Vaccination North-Western Provinces 1866-1877 - 1866-1877
Year: 1866
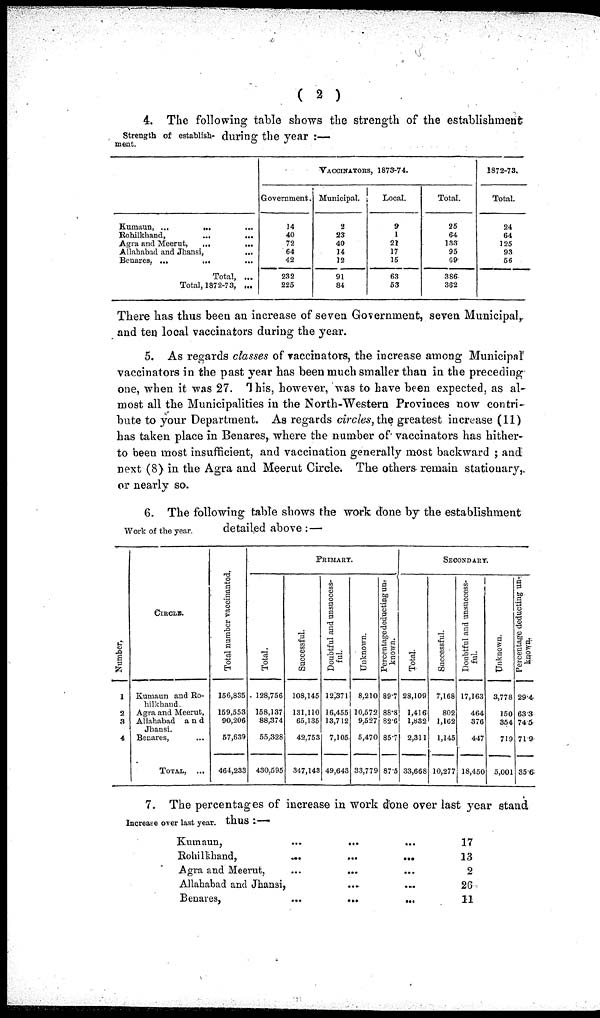
( 2 )
Strength of establishment.
4. The following table shows the strength of the establishment
during the year :—
Kumaun, ...
...
...
Bohilkhand,
...
...
Agra and Meerut,
...
...
Allahabad and Jhansi,
...
Benares. ...
...
...
Total, ...
Total, 1872-73, ...
VACCINATORS, 1873-74.
Government.
14
40
72
64
42
232
225
Municipal.
2
23
40
14
12
91
84
Local.
9
1
21
17
15
63
53
Total.
25
64
133
95
G9
386
362
1872-73.
Total.
24
64
125
93
56
There has thus been an increase of seven Government, seven Municipal,
and ten local vaccinators during the year.
5. As regards classes of vaccinators, the increase among Municipal
vaccinators in the past year has been much smaller than in the preceding
one, when it was 27. This, however, was to have been expected, as al-
most all the Municipalities in the North-Western Provinces now contri-
bute to your Department. As regards circles, the greatest increase (11)
has taken place in Benares, where the number of vaccinators has hither-
to been most insufficient, and vaccination generally most backward ; and
next (8) in the Agra and Meerut Circle. The others remain stationary,
or nearly so.
Work of the year.
6. The following table shows the work done by the establishment
detailed above:—
Number.
1
2
3
4
CIRCLE.
Kumaun and Rohilkhand
Agra and Meerut,
Allahabad and
Jhansi.
Benares,
Total,
...
Total number vaccinanted.
156,835
159,553
90,206
57,639
464,233
PRIMARY.
Total.
128,756
158,137
88,374
55,328
430,595
Successful.
108,145
131,110
65,135
42,753
347,143
Doubtful and unsuccessful.
12,371
16,455
13,712
7,105
49,643
Unknown.
8,210
10,572
9,527
5,470
33,779
Percentage deducting unknown.
89.7
88.8
82.6
85.7
87.5
SECONDARY.
Total.
23,109
1,416
1,832
2,311
33,668
Successful.
7,168
802
1,162
1,145
10,277
Doubtful and unsuccess-
ful.
17,163
464
376
447
18,450
Unknown.
3,778
150
354
719
5,001
Percentage deducting un-
known.
29.4
63.3
74.5
71.9
35.6
Increase over last year.
7. The percentages of increase in work done over last year stand
Kumaun,
Rohilkhand,
Agra and Meerut,
Allahabad and Jhansi,
Benares,
...
...
...
...
...
...
...
...
...
...
...
...
...
...
17
13
2
26
11